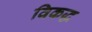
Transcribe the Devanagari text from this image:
विकद्ध